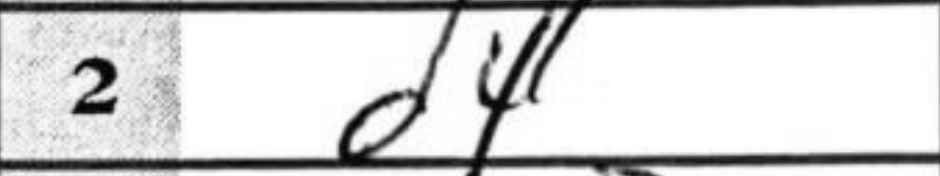
Transcription: d4